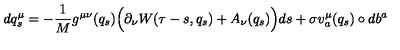
d q _ { s } ^ { \mu } = - \frac { 1 } { M } g ^ { \mu \nu } ( q _ { s } ) \Big ( \partial _ { \nu } W ( \tau - s , q _ { s } ) + A _ { \nu } ( q _ { s } ) \Big ) d s + \sigma v _ { a } ^ { \mu } ( q _ { s } ) \circ d b ^ { a }